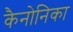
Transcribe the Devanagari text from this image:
कैनोनिका